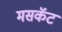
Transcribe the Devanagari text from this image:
मसकॅट